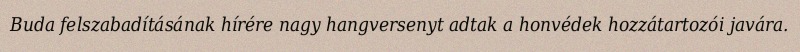
Buda felszabadításának hírére nagy hangversenyt adtak a honvédek hozzátartozói javára.